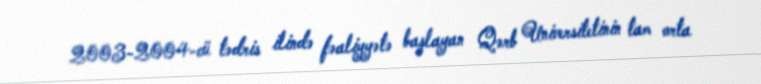
2003-2004-cü tədris ilində fəaliyyətə başlayan Qərb Universitetinin tam orta